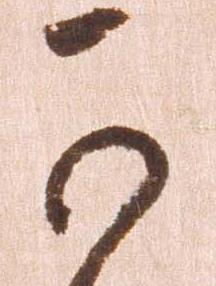
可